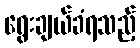
ရွေးချယ်ခံရသည့်